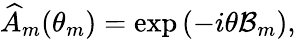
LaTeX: \begin{array}{r}{\widehat{A}_{m}(\theta_{m})=\exp\left(-i\theta\mathcal{B}_{m}\right),}\end{array}